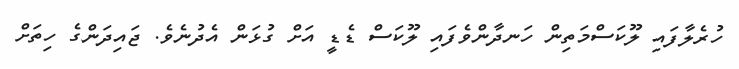
ހުރެލާފައި ލޫކަސްމަތިން ހަނދާންވެފައި ލޫކަސް ޑެޑީ އަށް ގުޅަން އެދުނެވެ. ޖައިދަންގެ ހިތަށް